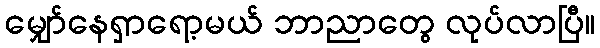
မျှော်နေရှာရော့မယ် ဘာညာတွေ လုပ်လာပြီ။